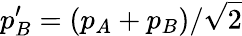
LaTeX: p_{B}^{\prime}=(p_{A}+p_{B})/\sqrt 2